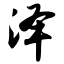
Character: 泽